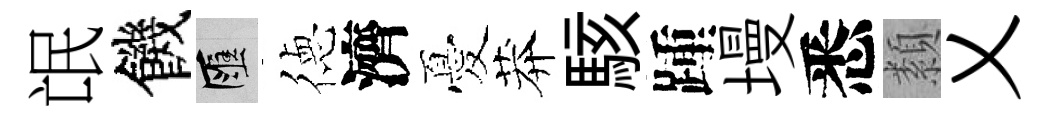
氓饑匯徳濟憂莽駭踵墁悉纇乂